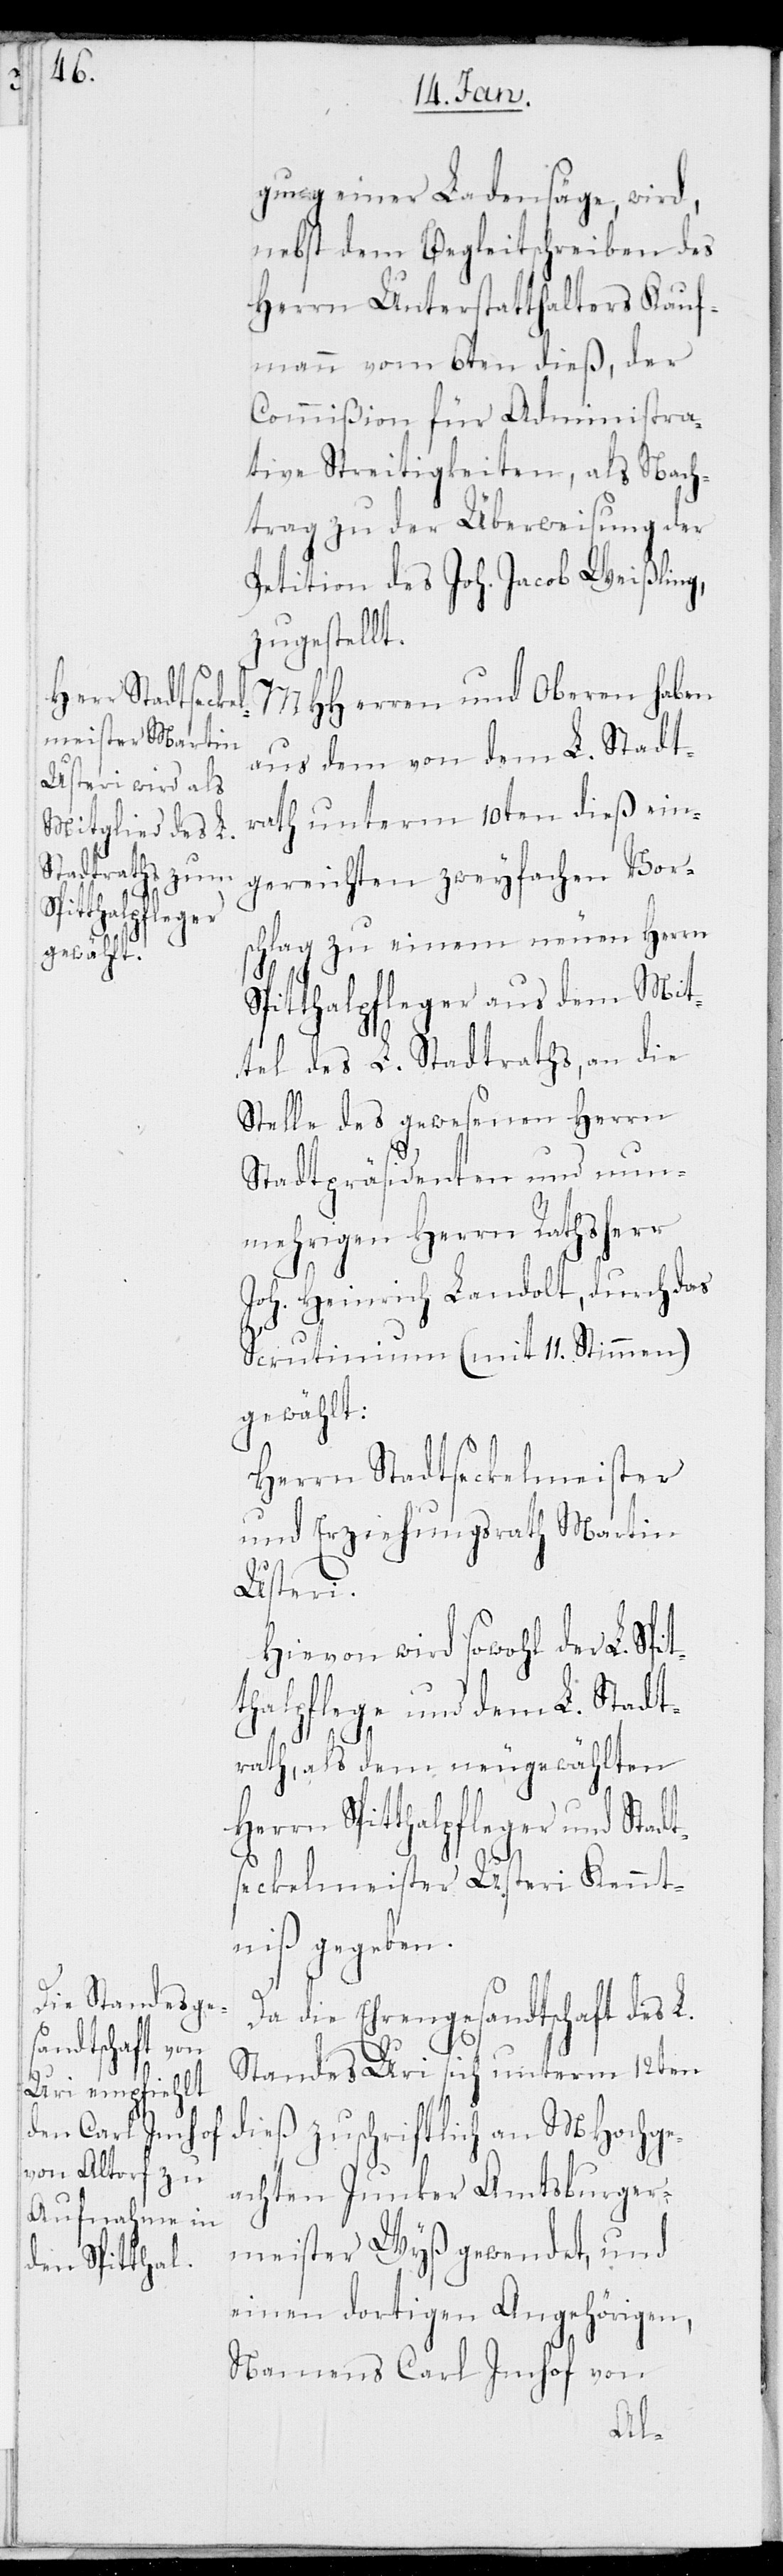
Spitthalpfleger

gung einer Ladensäge, wird,
nebst dem Begleitschreiben des
Herrn Unterstatthalters Kauf¬
mann vom 6ten dieß, der
Commißion für Administra¬
tive Streitigkeiten, als Nach¬
trag zu der Überweisung der
Petition des Joh. Jacob Weißling
zugestellt.
MHHerren und Oberen haben
aus dem von dem L. Stadt¬
rath unterm 10ten dieß ein¬
gereichten zweyfachen Vor¬
schlag zu einem neuen Herrn
Spitthalpfleger aus dem Mit¬
tel des L. Stadtraths, an die
Stelle des gewesenen Herrn
Stadtpräsidenten und nun¬
mehrigen Herrn Rathsherr
Joh. Heinrich Landolt, durch das
Scrutinium (mit 11. Stimmen)
gewählt:
Herrn Stadtseckelmeister
und Erziehungsrath Martin
Stadt¬
Hievon wird sowohl der L. Sp¬
thalpflege und dem L. Stadt¬
rath, als dem neugewählten
seckelmeister Usteri Kennt¬
niß gegeben.
Da die Ehrengesandtschaft des
Standes Uri sich unterm 12ten
dieß zuschriftlich an MHochge¬
achten Junker Amtsburger¬
meister Wyß gewendet, und
einen dortigen Angehörigen,
Namens Carl Imhof von
it¬